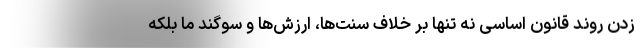
زدن روند قانون اساسی نه تنها بر خلاف سنت‌ها، ارزش‌ها و سوگند ما بلکه